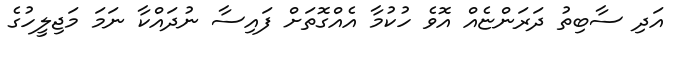
އަދި ސާބިތު ދަރަންޏެއް އޮވެ ހުކުމާ އެއްގޮތަށް ފައިސާ ނުދައްކާ ނަމަ މަޖިލީހުގެ